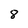
Character: 8